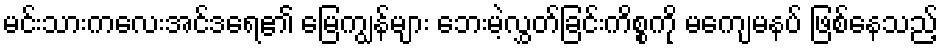
မင်းသားကလေးအင်ဒရေ၏ မြေကျွန်များ ဘေးမဲ့လွှတ်ခြင်းကိစ္စကို မကျေမနပ် ဖြစ်နေသည့်